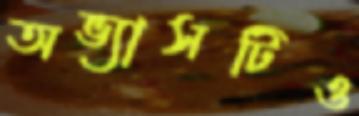
অভ্যাসটিও